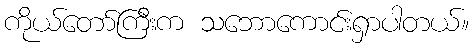
ကိုယ်တော်ကြီးက သဘောကောင်းရှာပါတယ်။